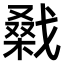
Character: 𢧱